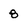
Character: 8